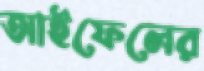
আইফেলের